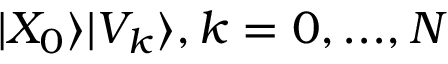
| X _ { 0 } \rangle | V _ { k } \rangle , k = 0 , . . . , N